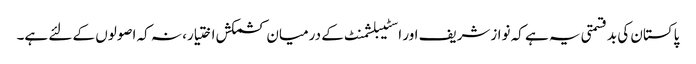
پاکستان کی بدقسمتی یہ ہے کہ نوازشریف اور اسٹیبلشمنٹ کے درمیان کشمکش اختیار، نہ کہ اصولوں کے لئے ہے۔